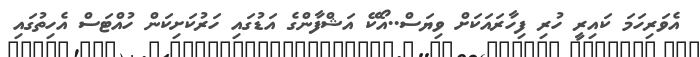
އެވަރިހަމަ ކައިރީ ހުރި ފިހާރައަކަށް ވިޔަސް..އޯކޭ އަޝްފާންގެ އަޑުގައި ހަރުކަށިކަން ހުއްޓަސް އެހިތުގައި